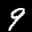
Label: 9